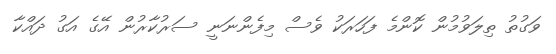
ވަގުތު ތިލަވުމުން ކޮންމެ ފަހަރަކު ވެސް މިފެންނަނީ ސަރުކާރުން އޭގެ އަގު ދައްކާ